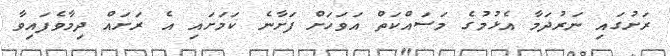
ރަށުގައި ނަރުދަމާ އެޅުމުގެ މަސައްކަތް އަވަހަށް ފަށާނެ ކަމަށައި އެ ރަށައް ދިމާވެފައިވާ